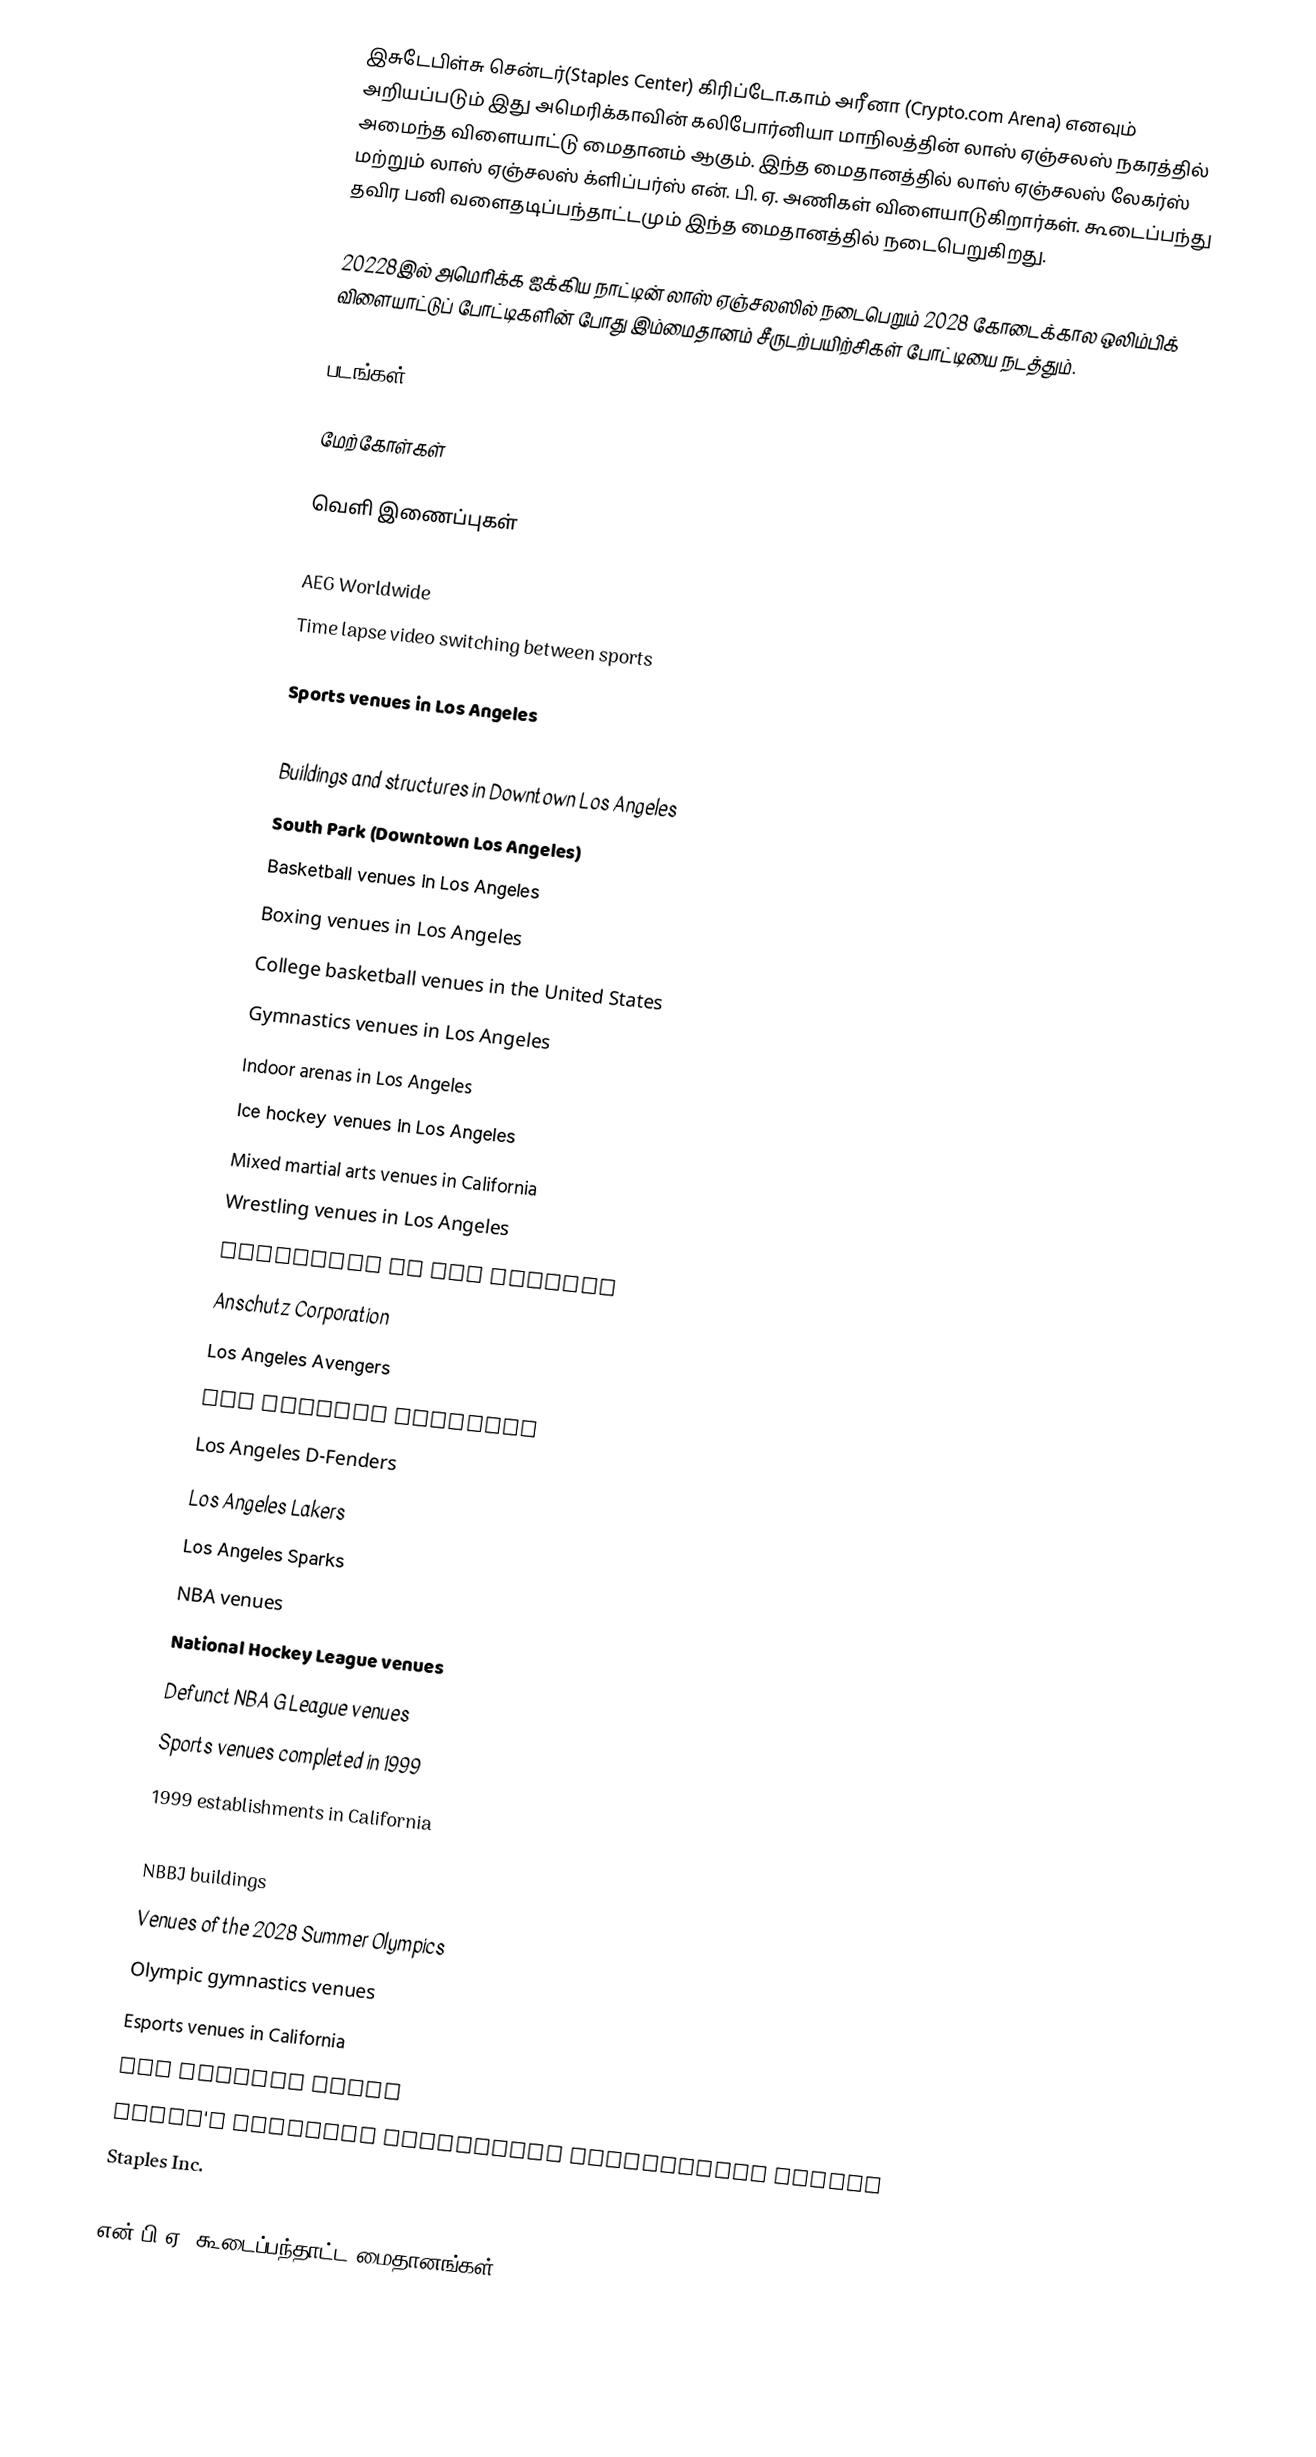
இசுடேபிள்சு சென்டர்(Staples Center) கிரிப்டோ.காம் அரீனா (Crypto.com Arena) எனவும் அறியப்படும் இது அமெரிக்காவின் கலிபோர்னியா மாநிலத்தின் லாஸ் ஏஞ்சலஸ் நகரத்தில் அமைந்த விளையாட்டு மைதானம் ஆகும். இந்த மைதானத்தில் லாஸ் ஏஞ்சலஸ் லேகர்ஸ் மற்றும் லாஸ் ஏஞ்சலஸ் க்ளிப்பர்ஸ் என். பி. ஏ. அணிகள் விளையாடுகிறார்கள். கூடைப்பந்து தவிர பனி வளைதடிப்பந்தாட்டமும் இந்த மைதானத்தில் நடைபெறுகிறது.

20228இல் அமெரிக்க ஐக்கிய நாட்டின் லாஸ் ஏஞ்சலஸில் நடைபெறும் 2028 கோடைக்கால ஒலிம்பிக் விளையாட்டுப் போட்டிகளின் போது இம்மைதானம் சீருடற்பயிற்சிகள் போட்டியை நடத்தும்.

படங்கள்

மேற்கோள்கள்

வெளி இணைப்புகள்

AEG Worldwide
Time lapse video switching between sports

Sports venues in Los Angeles
Music venues in Los Angeles
Buildings and structures in Downtown Los Angeles
South Park (Downtown Los Angeles)
Basketball venues in Los Angeles
Boxing venues in Los Angeles
College basketball venues in the United States
Gymnastics venues in Los Angeles
Indoor arenas in Los Angeles
Ice hockey venues in Los Angeles
Mixed martial arts venues in California
Wrestling venues in Los Angeles
Landmarks in Los Angeles
Anschutz Corporation
Los Angeles Avengers
Los Angeles Clippers
Los Angeles D-Fenders
Los Angeles Lakers
Los Angeles Sparks
NBA venues
National Hockey League venues
Defunct NBA G League venues
Sports venues completed in 1999
1999 establishments in California
1990s architecture in the United States
NBBJ buildings
Venues of the 2028 Summer Olympics
Olympic gymnastics venues
Esports venues in California
Los Angeles Kings
Women's National Basketball Association venues
Staples Inc.

என்.பி.ஏ. கூடைப்பந்தாட்ட மைதானங்கள்